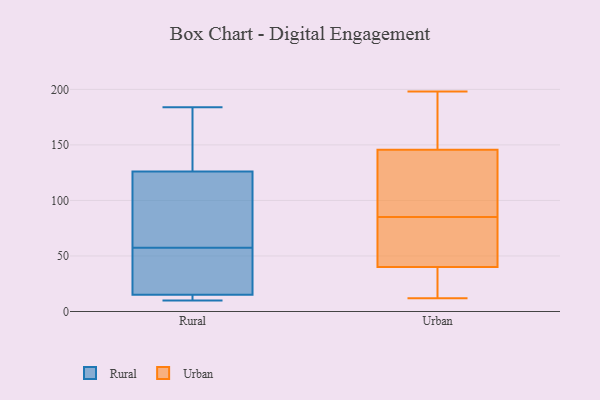
{"axis": {"x": "Net Income (USD K)", "y": "Value"}, "legend": ["Rural", "Urban"], "data": [{"x": "", "y": 10, "type": "Rural"}, {"x": "", "y": 49, "type": "Rural"}, {"x": "", "y": 177, "type": "Rural"}, {"x": "", "y": 30, "type": "Rural"}, {"x": "", "y": 92, "type": "Rural"}, {"x": "", "y": 10, "type": "Rural"}, {"x": "", "y": 67, "type": "Rural"}, {"x": "", "y": 58, "type": "Rural"}, {"x": "", "y": 11, "type": "Rural"}, {"x": "", "y": 165, "type": "Rural"}, {"x": "", "y": 57, "type": "Rural"}, {"x": "", "y": 89, "type": "Rural"}, {"x": "", "y": 51, "type": "Rural"}, {"x": "", "y": 13, "type": "Rural"}, {"x": "", "y": 156, "type": "Rural"}, {"x": "", "y": 184, "type": "Rural"}, {"x": "", "y": 15, "type": "Rural"}, {"x": "", "y": 126, "type": "Rural"}, {"x": "", "y": 12, "type": "Urban"}, {"x": "", "y": 90, "type": "Urban"}, {"x": "", "y": 90, "type": "Urban"}, {"x": "", "y": 130, "type": "Urban"}, {"x": "", "y": 198, "type": "Urban"}, {"x": "", "y": 193, "type": "Urban"}, {"x": "", "y": 58, "type": "Urban"}, {"x": "", "y": 121, "type": "Urban"}, {"x": "", "y": 85, "type": "Urban"}, {"x": "", "y": 72, "type": "Urban"}, {"x": "", "y": 156, "type": "Urban"}, {"x": "", "y": 21, "type": "Urban"}, {"x": "", "y": 162, "type": "Urban"}, {"x": "", "y": 20, "type": "Urban"}, {"x": "", "y": 23, "type": "Urban"}, {"x": "", "y": 34, "type": "Urban"}, {"x": "", "y": 85, "type": "Urban"}, {"x": "", "y": 151, "type": "Urban"}, {"x": "", "y": 64, "type": "Urban"}]}